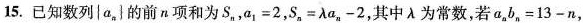
15.已知数列|a_{n}}的前n项和为S_{n}，$$a _ { 1 } = 2$$，$$S _ { n } = λ a _ { n } - 2$$，其中λ为常数，若$$a _ { n } b _ { n } = 1 3 - n$$，